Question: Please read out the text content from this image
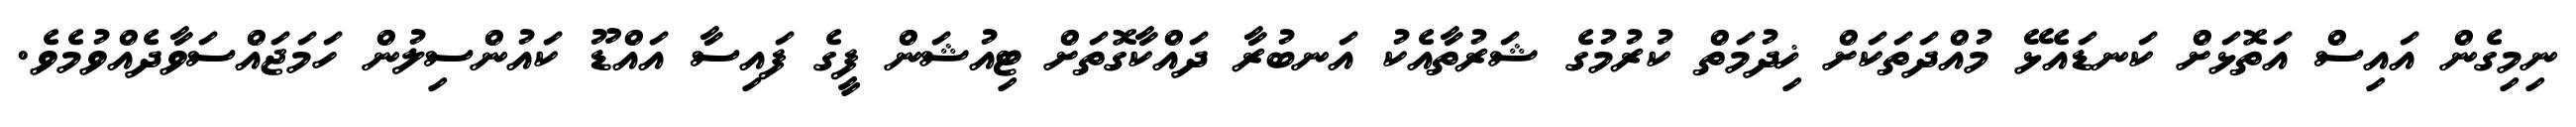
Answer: ނިމިގެން އައިސް އަތޮޅަށް ކަނޑައެޅޭ މުއްދަތަކަށް ޚިދުމަތް ކުރުމުގެ ޝަރުތާއެކު އަނބުރާ ދައްކާގޮތަށް ޓިއުޝަން ފީގެ ފައިސާ އައްޑޫ ކައުންސިލުން ހަމަޖައްސަވާދެއްވުމެވެ.